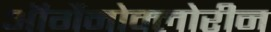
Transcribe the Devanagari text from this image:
ऑर्गैनोक्लोरीन